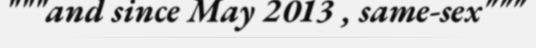
"""and since May 2013 , same-sex"""